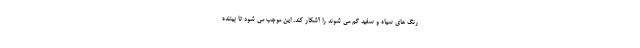
رنگ های سیاه و سفید گم می شوند را آشکار کند. این موجب می شود تا بیننده